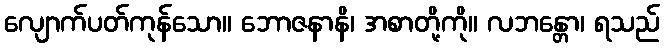
လျောက်ပတ်ကုန်သော။ ဘောဇနာနိ၊ အစာတို့ကို။ လဘန္တော၊ ရသည်